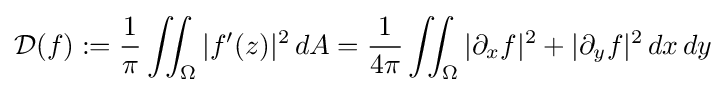
{\mathcal {D}}(f):={1 \over \pi }\iint _{\Omega }|f^{\prime }(z)|^{2}\,dA={1 \over 4\pi }\iint _{\Omega }|\partial _{x}f|^{2}+|\partial _{y}f|^{2}\,dx\,dy